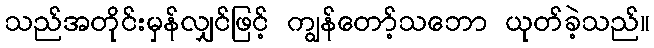
သည်အတိုင်းမှန်လျှင်ဖြင့် ကျွန်တော့်သဘော ယုတ်ခဲ့သည်။